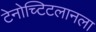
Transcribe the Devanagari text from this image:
टेनोच्टिटलानला